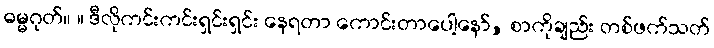
ဓမ္မဂုတ်။ ။ ဒီလိုကင်းကင်းရှင်းရှင်း နေရတာ ကောင်းတာပေါ့နော်, စာကိုချည်း တစ်ဖက်သတ်